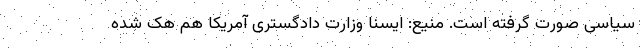
سیاسی صورت گرفته است. منیع: ایسنا وزارت دادگستری آمریکا هم هک شده